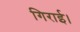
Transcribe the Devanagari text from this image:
गिराई।